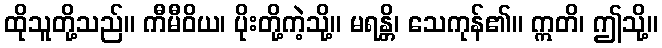
ထိုသူတို့သည်။ ကီမီဝိယ၊ ပိုးတို့ကဲ့သို့။ မရန္တိ၊ သေကုန်၏။ ဣတိ၊ ဤသို့။